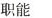
职能